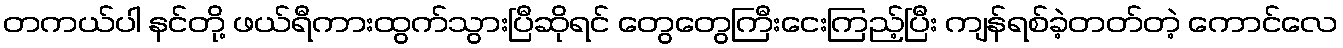
တကယ်ပါ နင်တို့ ဖယ်ရီကားထွက်သွားပြီဆိုရင် တွေတွေကြီးငေးကြည့်ပြီး ကျန်ရစ်ခဲ့တတ်တဲ့ ကောင်လေ